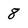
Character: 8